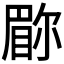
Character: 𫵇